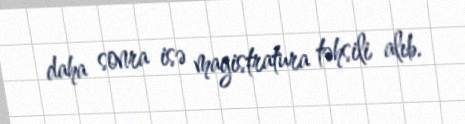
daha sonra isə magistratura təhsili alıb.